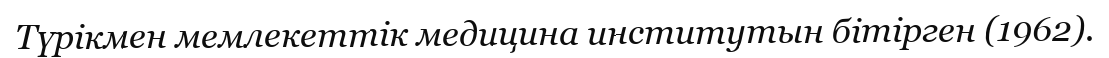
Түрікмен мемлекеттік медицина институтын бітірген (1962).